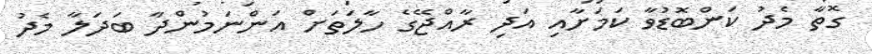
ގޮތާ މެދު ކަންބޮޑުވާ ކަމަށާއި އަދި ރާއްޖޭގެ ހާލަތަށް އަންނަމުންދާ ބަދަލާ މެދު